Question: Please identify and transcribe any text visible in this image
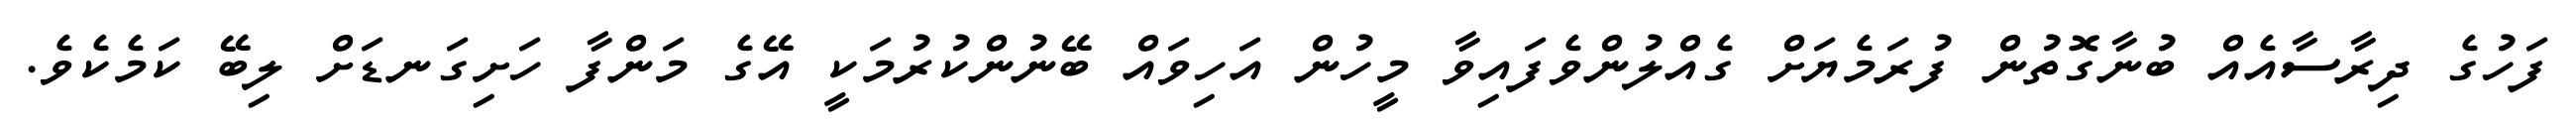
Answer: ފަހުގެ ދިރާސާއެއް ބުނާގޮތުން ފުރަމެޔަށް ގެއްލުންވެފައިވާ މީހުން އަހިވައް ބޭނުންކުރުމަކީ އޭގެ މަންފާ ހަށިގަނޑަށް ލިބޭ ކަމެކެވެ.